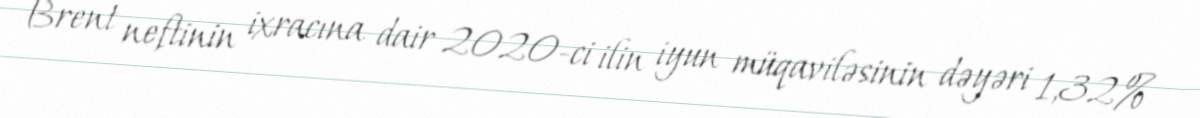
Brent neftinin ixracına dair 2020-ci ilin iyun müqaviləsinin dəyəri 1,32%